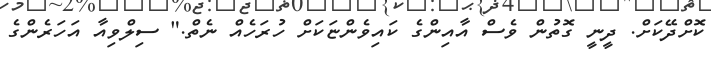
ކޮށްދޭކަށް. ދީނީ ގޮތުން ވެސް އާއިންގެ ކައިވެންޏަކަށް ހުރަހެއް ނެތް." ސިލްވިއާ އަހަރެންގެ